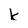
Character: k